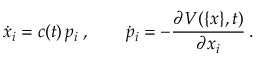
\dot { x } _ { i } = c ( t ) \, p _ { i } \; , \qquad \dot { p } _ { i } = - \frac { \partial V ( \{ x \} , t ) } { \partial x _ { i } } \, .